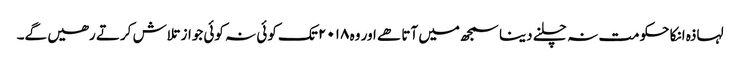
لہاذہ انکا حکومت نہ چلنے دینا سمجھ میں آتا ھے اور وہ ۲۰۱۸ تک کوئی نہ کوئی جواز تلاش کرتے رھیں گے۔